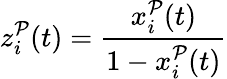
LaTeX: z_{i}^{\mathcal{P}}(t)=\frac{x_{i}^{\mathcal{P}}(t)}{1-x_{i}^{\mathcal{P}}(t)}